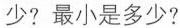
少?最小是多少?